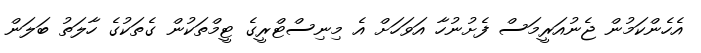
އެހެންކަމުން ޖެނުއަރީމަސް ފެށުނުހާ އަވަހަށް އެ މިނިސްޓްރީގެ ޓީމްތަކުން ގެތަކުގެ ހާލަތު ބަލަން